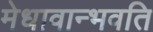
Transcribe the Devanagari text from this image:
मेधावान्भवति